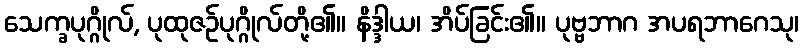
သေက္ခပုဂ္ဂိုလ်, ပုထုဇဉ်ပုဂ္ဂိုလ်တို့၏။ နိဒ္ဒါယ၊ အိပ်ခြင်း၏။ ပုဗ္ဗဘာဂ အပရဘာဂေသု၊